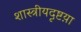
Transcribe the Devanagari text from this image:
शास्त्रीयदृष्टय़ा